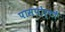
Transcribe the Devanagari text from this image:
पासपोर्टों